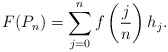
\begin{align*}F(P_n) = \sum_{j = 0}^n f\left( \frac{j}{n} \right) h_j.\end{align*}